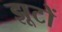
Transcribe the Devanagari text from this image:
झूटों